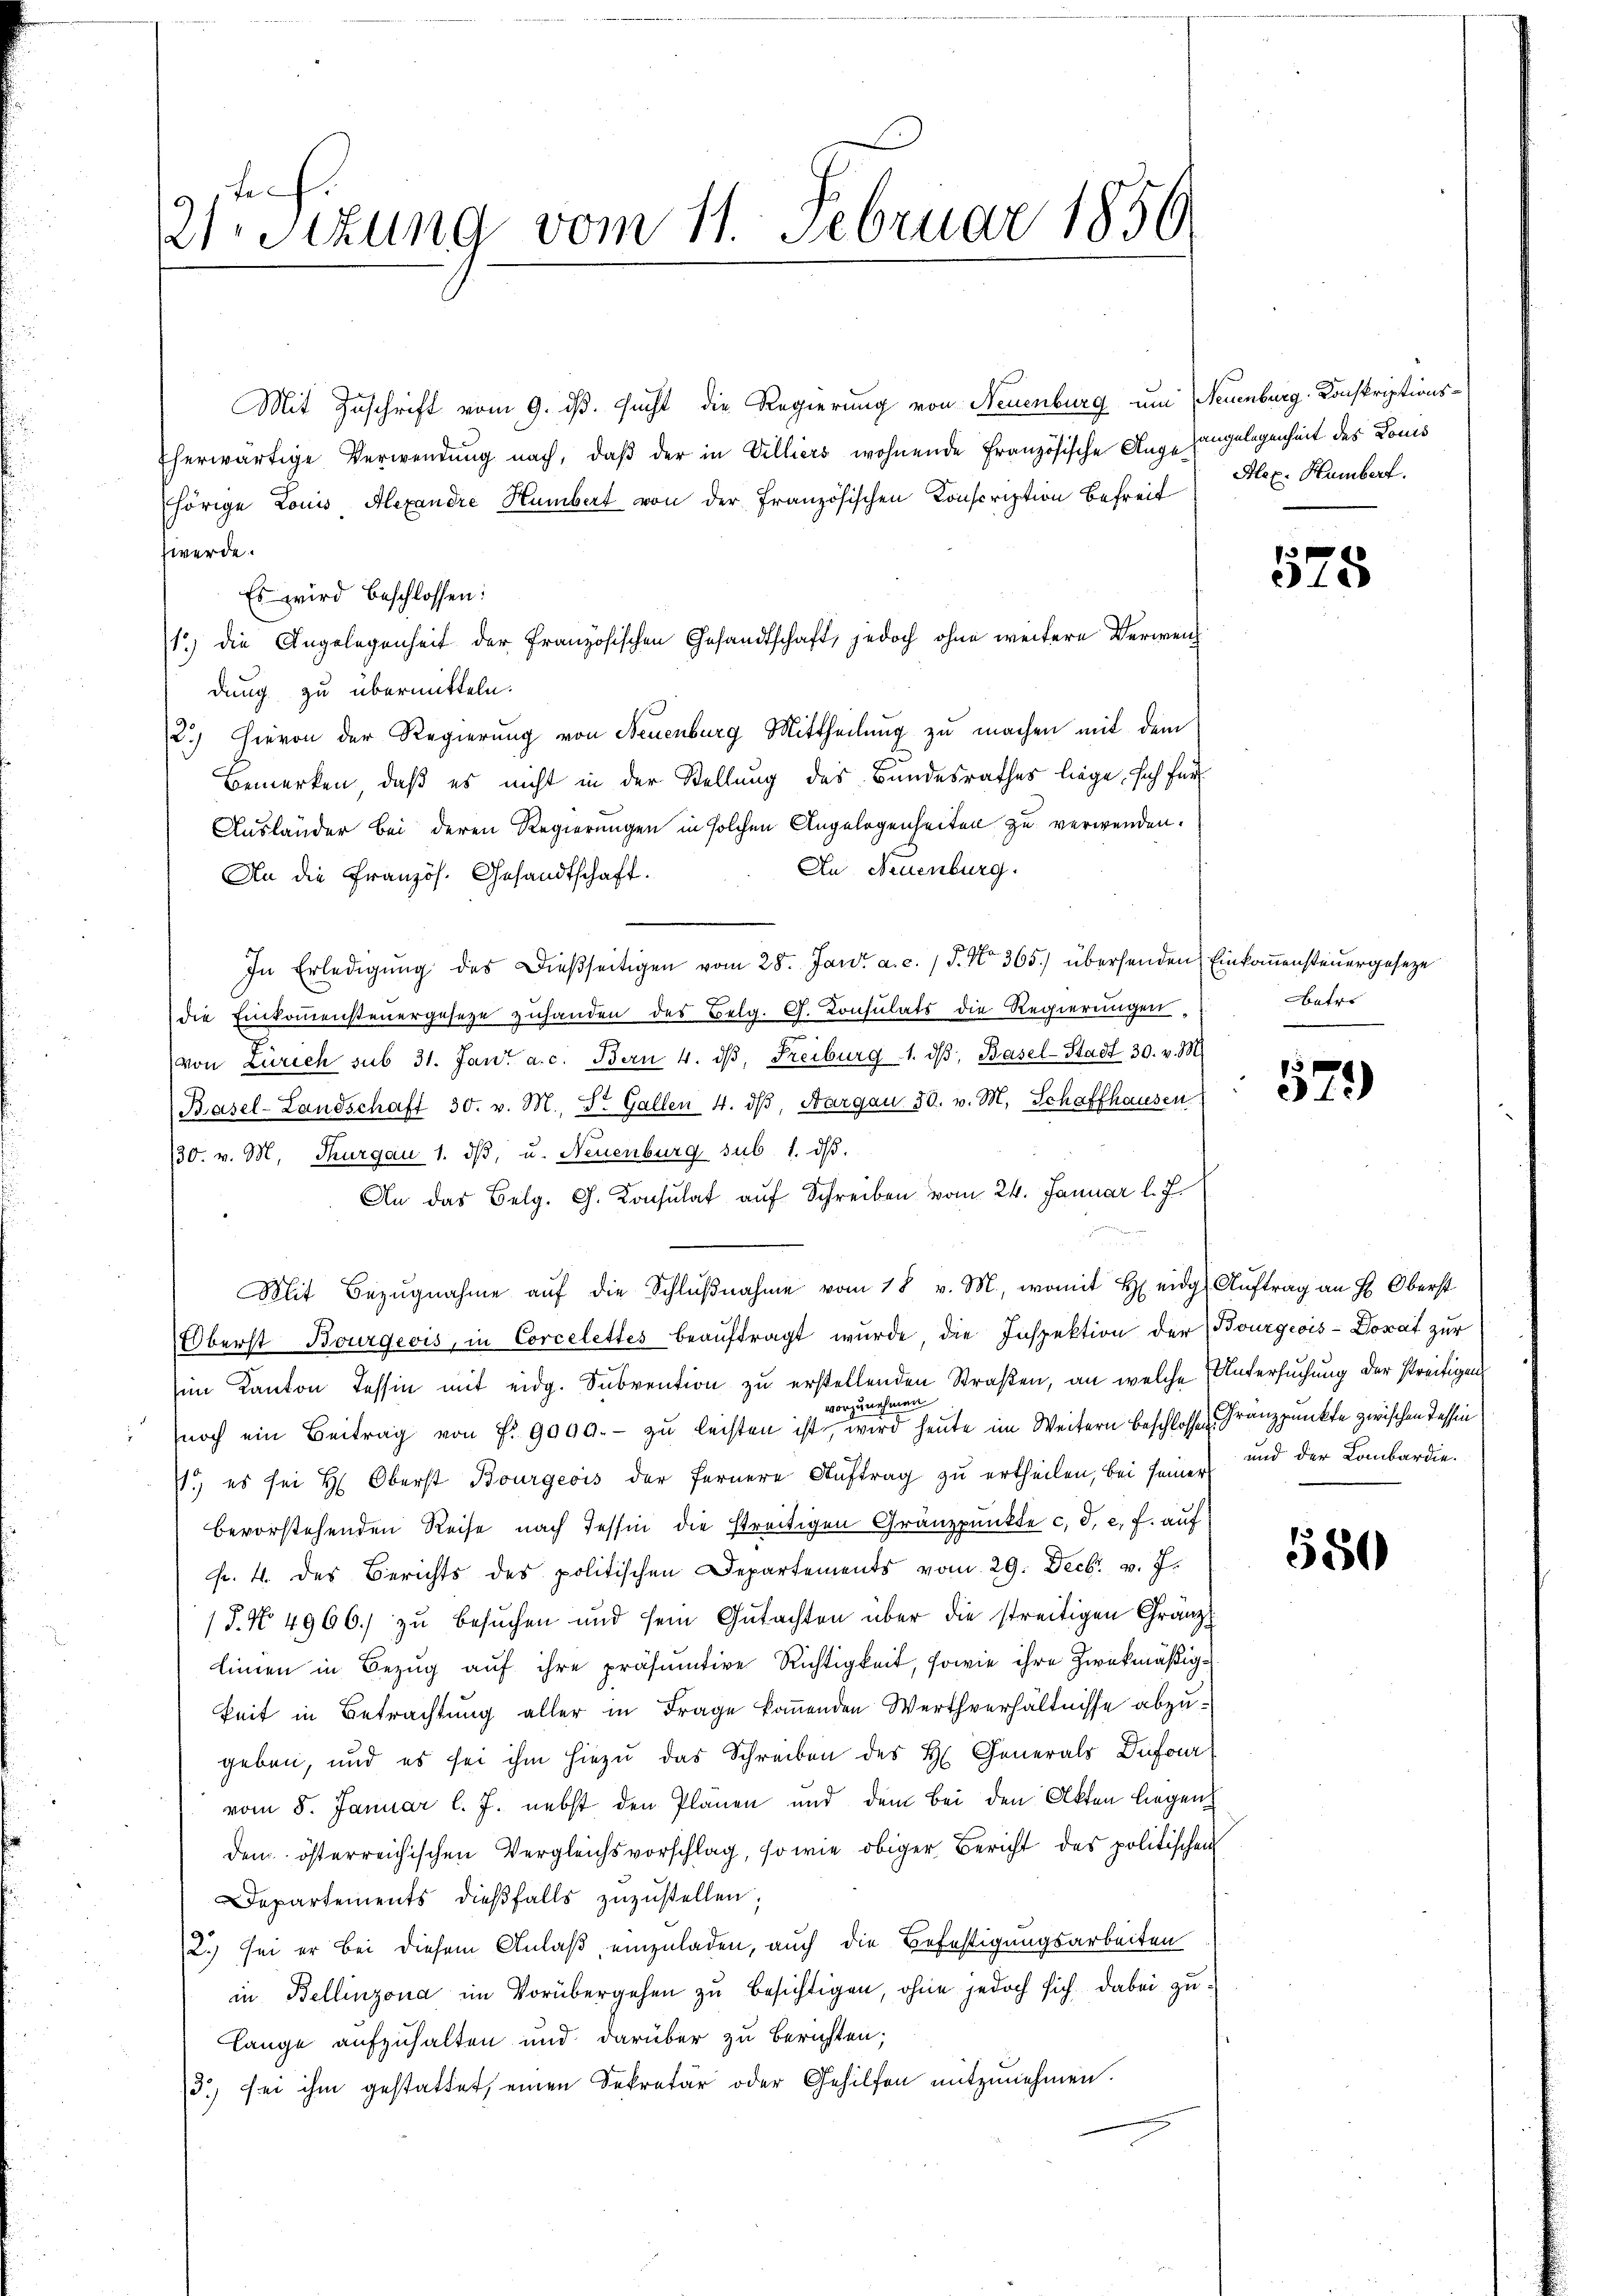
Mit Zuschrift vom 9. ds. sucht die Regierung von Neuenburg um Neuenburg, Konskriptionsherwärtige Verwendung nach, daß der in Villiers wohnende Französische Angehörige Louis Alexandre Humbert von der Französischen Conscription Befreit
werde.
Es wird beschlossen:
1) die Angelegenheit der Französischen Gesandtschaft, jedoch ohne weitere Verweich
dung zu übermitteln.
2.) Hievon der Regierung von Neuenburg Mittheilung zu machen mit dem
Bemerken, daß es nicht in der Stellung des Bundesrathes liege, sich für
Ausländer bei deren Regierungen in solchen Angelegenheiten zu verwenden.
An Neuenburg.
An die Französ. Gesandtschaft.
In Erledigŭng des dießseitigen vom 28. Jani a. c. 1 S. No 365.) übersenden Einkommensteuergeseze
die Einkommensteuergesetze zuhanden des Belg. G. Consulats die Regierungen,
von Zürich sub 31. Jan. a. c. Bern 4. dβ, Freiburg 1. dβ, Basel-Stadt 30. v. M.
Basel-Landschaft 30. v. M., d. Gallen 4. dβ, Aargau 20. v. M. Schaffhausen
130. v. M. Thurgau 1. dβ, u. Neuenburg sub. 1. dβ.
An das Belg. C. Konsulat auf Schreiben vom 24. Januar l. J.
Mit Bezŭgnahme aŭf die Schlŭβnahme vom 18 v. M., womit H. eidg. Auftrag an H. Oberst
Überst Bourgeois, in Corcelettes beauftragt wurde die Inspektion der Bourgeois - Donat zur
im Kanton Tessin mit eidg. Subvention zu erstellenden Straßen, an welche Untersuchung der streitigens
vorzunehmen.
noch ein Beitrag von f. 9000.- zŭ leisten ist, wird heute im Weitern beschlossen Franzpunkte zwischen Tessin
7.) es sei H. Oberst Bourgeois der fernere Aŭftrag zŭ ertheilen, bei seine und der Lombardie
bevorstehenden Reise nach Tessin die streitigen Gränzpunkte c. d. c. f. auf
fr. 4. des Berichts des politischen Departements vom 29. Decbr. v. J.
15. No 4966.) zu besuchen und sein Gutachten über die streitigen Gränz
linien in Bezug auf ihre präsumtive Richtigkeit, sowie ihre Zweckmäßigkeit in Betrachtung aller in Frage kommenden Werthverhältnisse abzugeben, und es sei ihm hiezu das Schreiben des H. Generals Dufour
vom 8. Januar l. J. nebst den Plänen und dem Bei den Akten liegen
dem österreichischen Vergleichsvorschlag, so wie obiger Bericht des politischen
Departements dieβfalls zuzustellen;
2.) sei er bei diesem Anlaß einzuladen, auch die Befestigungsarbeiten
in Bellinzona im Vorübergehen zŭ besichtigen, ohne jedoch sich dabei zŭ-
Lange aufzuhalten und darüber zu berichten;
3.) sei ihm gestattet, einen Sekretär oder Gehilfen mitzunehmen.

21. Sitzung vom 11. Februar 1856

angelegenheit des Louis
Alex. Humbert.

578

atr.

5
312)

550